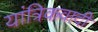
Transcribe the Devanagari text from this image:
यांत्रिकवादी